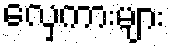
လှေကားများ